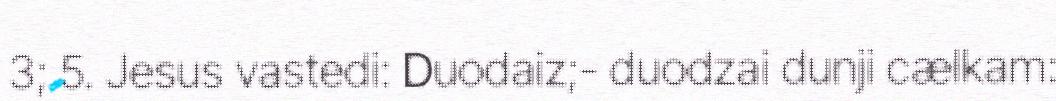
3; 5. Jesus vastedi: Duodaiz;- duodzai dunji cælkam: